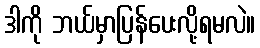
ဒါကို ဘယ်မှာပြန်ပေးလို့ရမလဲ။